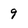
Character: 9